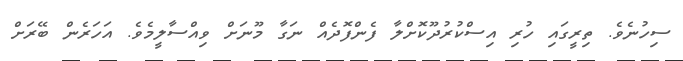
ސިހުނެވެ. ތިރީގައި ހުރި އިސްކުރުދޫކޮށްލާ ފެންފޮދެއް ނަގާ މޫނަށް ވިއްސާލީމެވެ. އަހަރެން ބޭރަށް